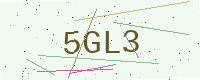
Text: 5GL3